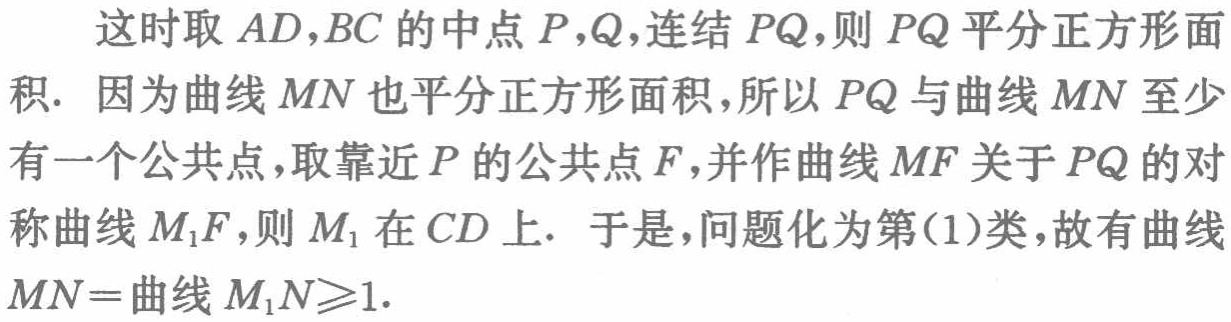
这时取 \(AD,BC\) 的中点 \(P,Q\)，连结 \(PQ\)，则 \(PQ\) 平分正方形面积. 因为曲线 \(MN\) 也平分正方形面积,所以 \(PQ\) 与曲线 \(MN\) 至少有一个公共点，取靠近 \(P\) 的公共点 \(F\)，并作曲线 \(MF\) 关于 \(PQ\) 的对称曲线 \(M_1F\)，则 \(M_1\) 在 \(CD\) 上. 于是，问题化为第(1)类，故有曲线 \(MN =\)曲线 \(M_1N\geqslant1\).